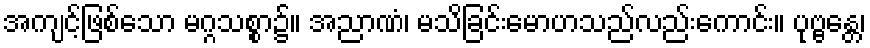
အကျင့်ဖြစ်သော မဂ္ဂသစ္စာ၌။ အညာဏံ၊ မသိခြင်းမောဟသည်လည်းကောင်း။ ပုဗ္ဗန္တေ၊